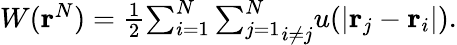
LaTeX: \begin{array}{r}{W(\mathbf{r}^{N})=\frac{1}{2}\mathop{\sum_{i=1}^{N}\sum_{j=1}^{N}}_{i\not=j}u(\vert\mathbf{r}_{j}-\mathbf{r}_{i}\vert).}\end{array}